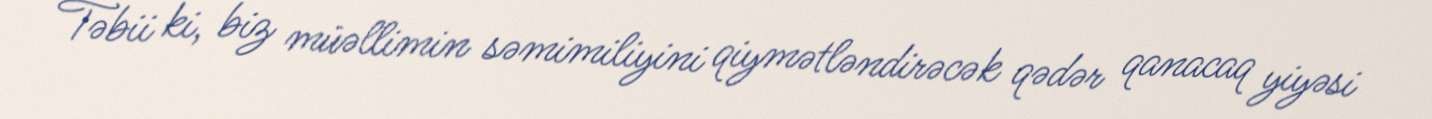
Təbii ki, biz müəllimin səmimiliyini qiymətləndirəcək qədər qanacaq yiyəsi